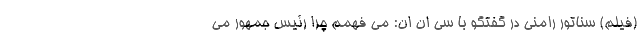
(فیلم) سناتور رامنی در گفتگو با سی ان ان: می فهمم چرا رئیس جمهور می